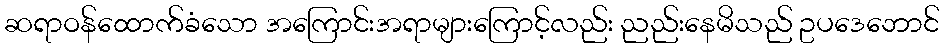
ဆရာဝန်ထောက်ခံသော အကြောင်းအရာများကြောင့်လည်း ညည်းနေမိသည် ဥပဒေဘောင်